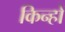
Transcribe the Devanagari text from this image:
किन्हों